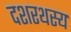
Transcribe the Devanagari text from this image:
दशरथस्य